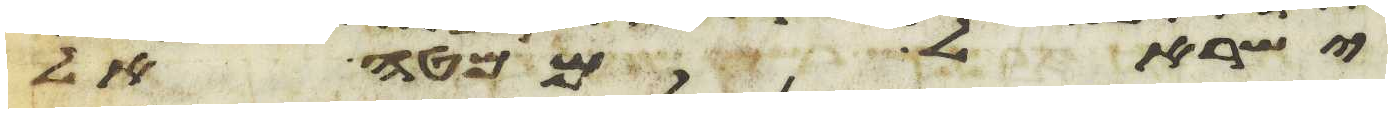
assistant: ישראל ממטה אל